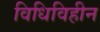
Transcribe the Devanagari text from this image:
विधिविहीन